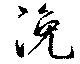
浼